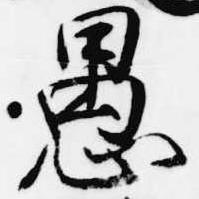
愚